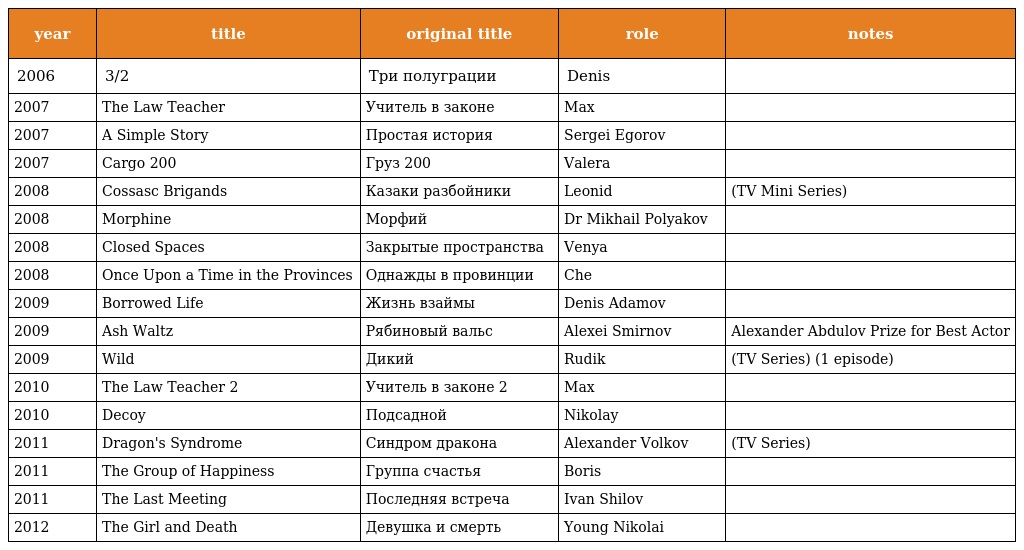
| year | title | original title | role | notes |
 | --- | --- | --- | --- | --- |
 | 2006 | 3/2 | Три полуграции | Denis |  |
 | 2007 | The Law Teacher | Учитель в законе | Max |  |
 | 2007 | A Simple Story | Простая история | Sergei Egorov |  |
 | 2007 | Cargo 200 | Груз 200 | Valera |  |
 | 2008 | Cossasc Brigands | Казаки разбойники | Leonid | (TV Mini Series) |
 | 2008 | Morphine | Морфий | Dr Mikhail Polyakov |  |
 | 2008 | Closed Spaces | Закрытые пространства | Venya |  |
 | 2008 | Once Upon a Time in the Provinces | Однажды в провинции | Che |  |
 | 2009 | Borrowed Life | Жизнь взаймы | Denis Adamov |  |
 | 2009 | Ash Waltz | Рябиновый вальс | Alexei Smirnov | Alexander Abdulov Prize for Best Actor |
 | 2009 | Wild | Дикий | Rudik | (TV Series) (1 episode) |
 | 2010 | The Law Teacher 2 | Учитель в законе 2 | Max |  |
 | 2010 | Decoy | Подсадной | Nikolay |  |
 | 2011 | Dragon's Syndrome | Синдром дракона | Alexander Volkov | (TV Series) |
 | 2011 | The Group of Happiness | Группа счастья | Boris |  |
 | 2011 | The Last Meeting | Последняя встреча | Ivan Shilov |  |
 | 2012 | The Girl and Death | Девушка и смерть | Young Nikolai |  |